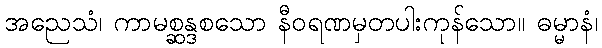
အညေသံ၊ ကာမစ္ဆန္ဒစသော နီဝရဏမှတပါးကုန်သော။ ဓမ္မာနံ၊